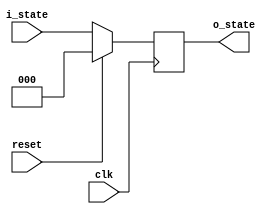
// D
// @param i_state 
// @param reset 
// @param clk 
// @param o_state 
module DFlipFlop(i_state, reset, clk, o_state);
    input [2:0]i_state;
    input reset, clk;
    output reg[2:0]o_state;
    always @(posedge clk) begin
        if (reset) o_state = 3'b000;
        else o_state = i_state;
    end
endmodule